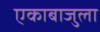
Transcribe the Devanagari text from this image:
एकाबाजुला